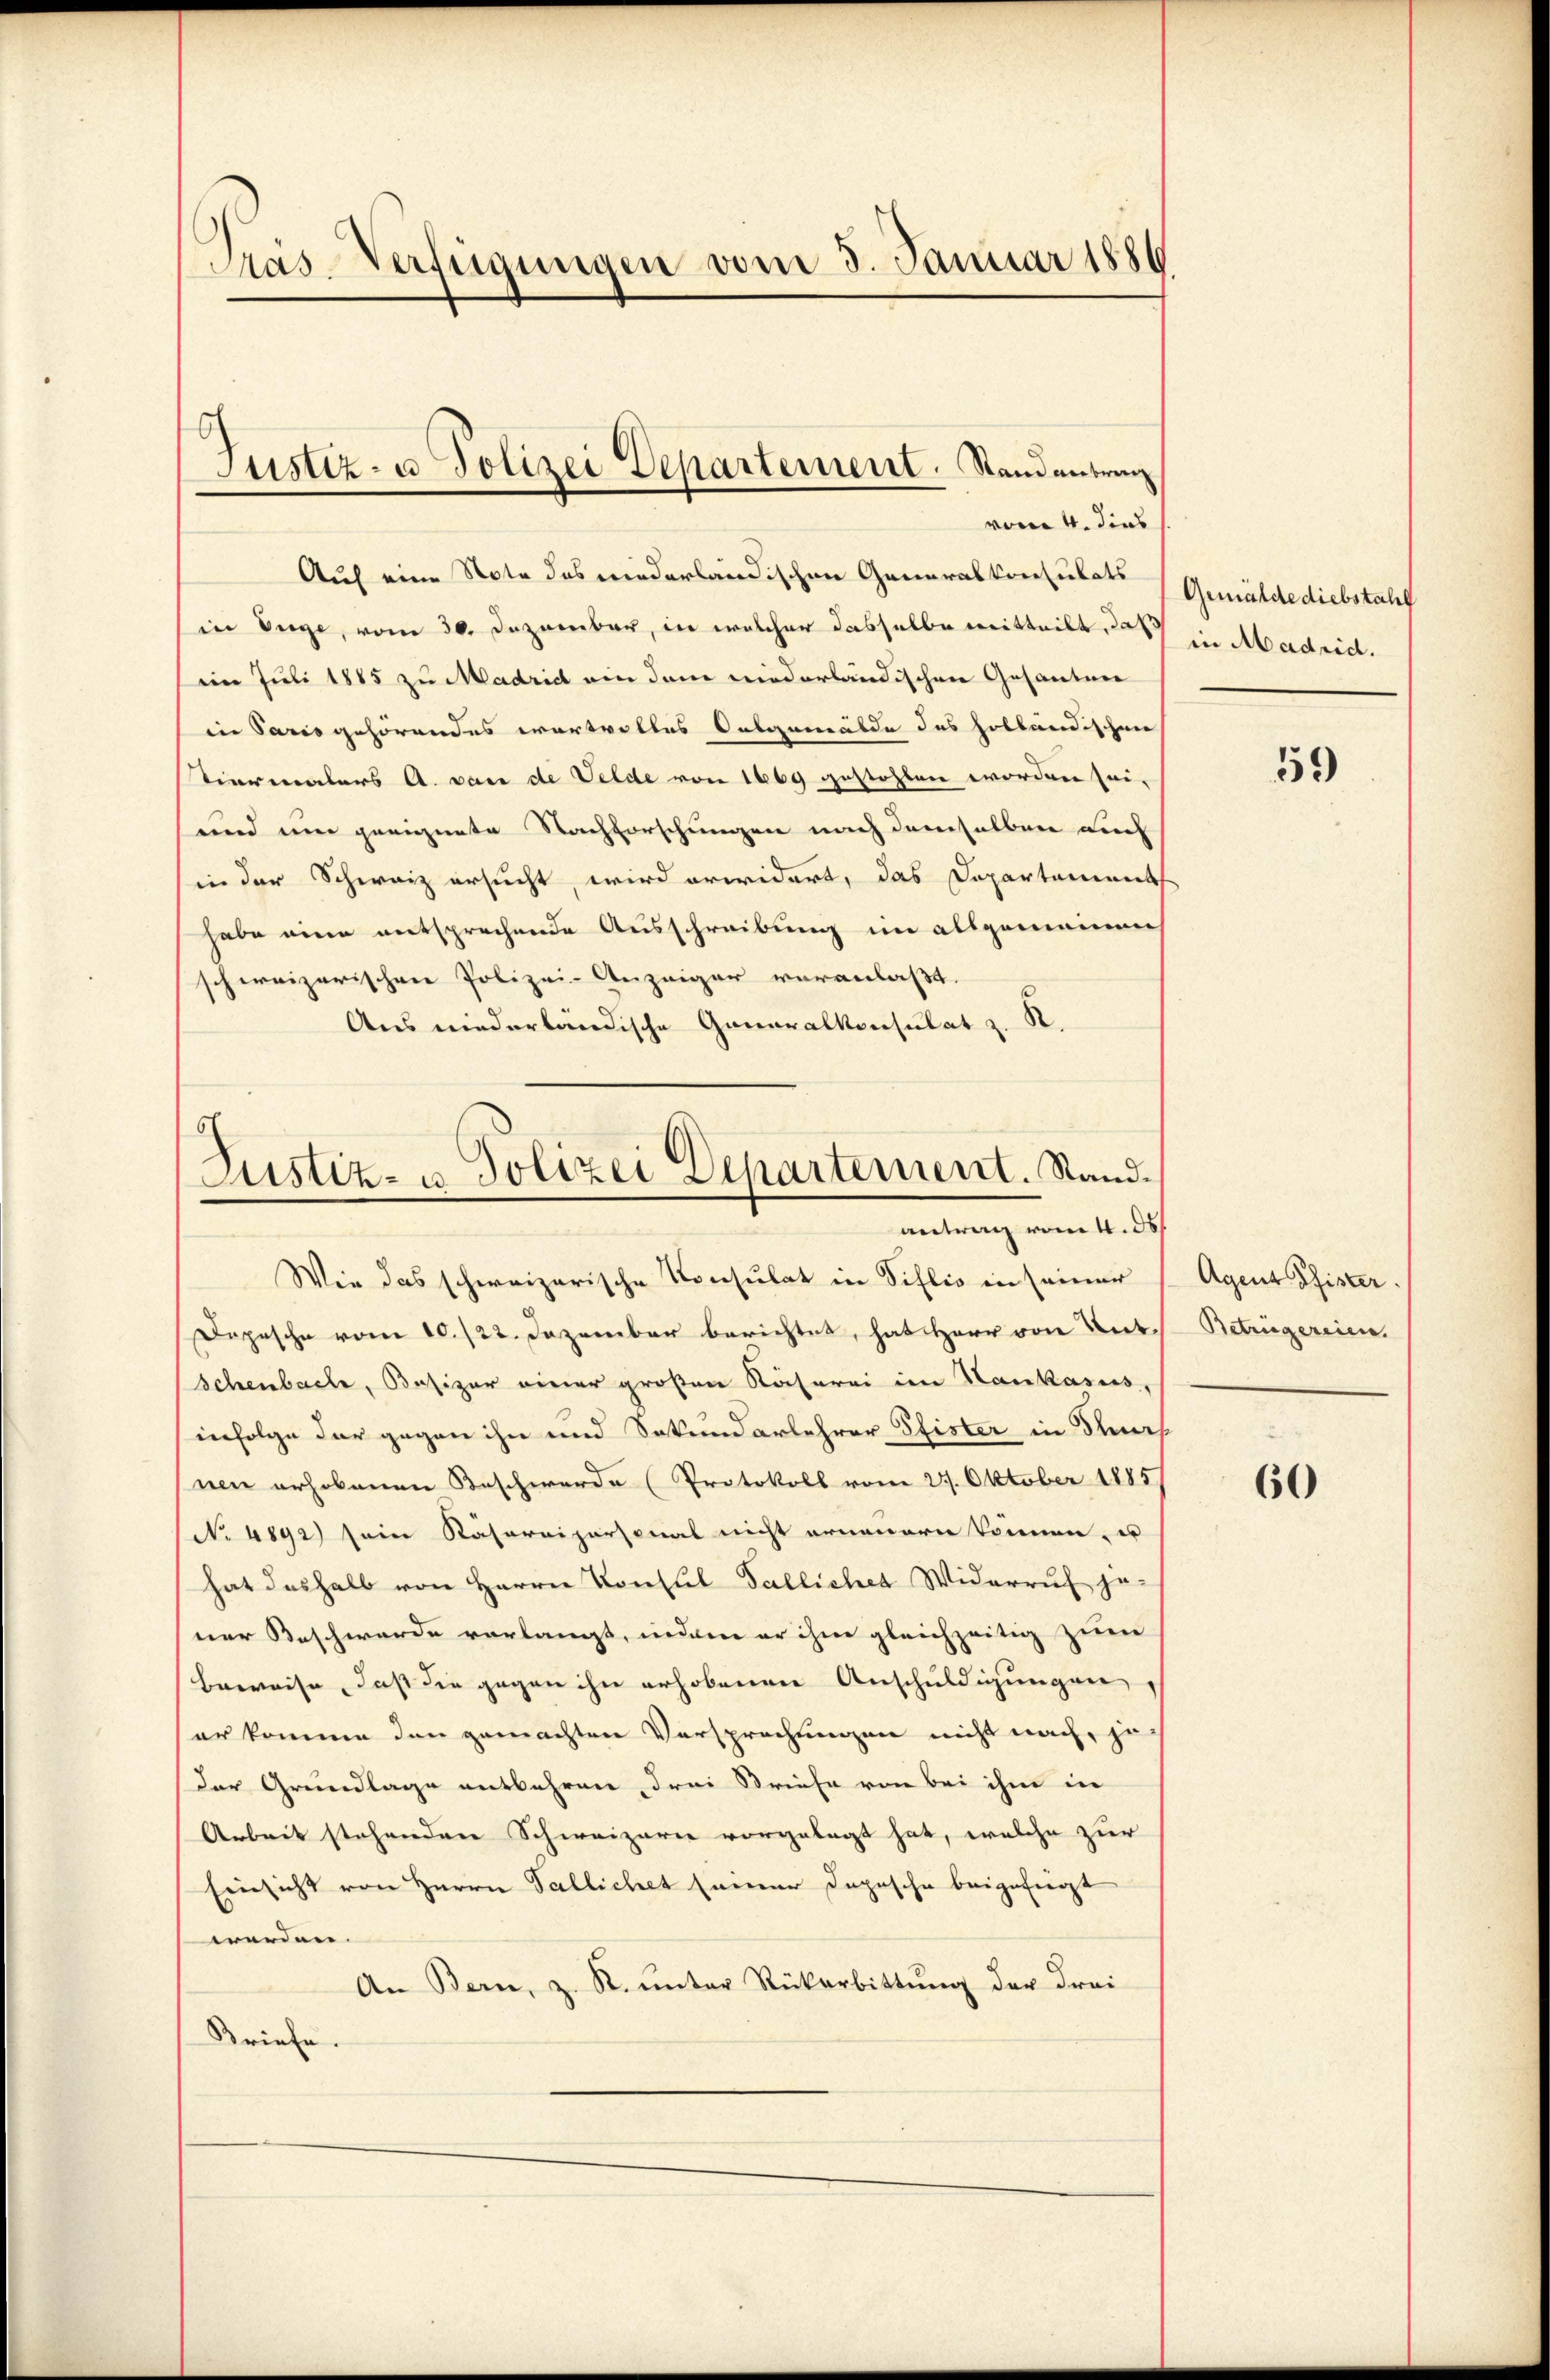
Präs-Verfügungen vom 3. Januar 188

Auf eine Note des niederländischen Generalkonsulats
in Enge, vom 30. Dezember, in welcher dasselbe mitteilt, daß
im Juli 1885 zu Madrid ein dem niederländischen Gesanten
in Paris gehörendes wertvolles Susgemälde des holländischen
Tierenalers A. von de Velde von 1669 gestohlen worden sei,
und um geeignete Nachforschungen nach demselben auch
in der Schweiz ersucht, wird erwidert, das Departement
habe eine entsprechende Ausschreibung im allgemeinen
schweizerischen Polizei- Anzeiger veranlaßt.
Aus niederländische Generalkonsulat z. R.
Wie das schweizerische Konsulat in Tillis in seiner
Depesche vom 10. 122. Dezember berichtet, hat Herr von Antschenbache, Besizer einer großen Käferei im Haukasus,
infolge der gegen ihn und Sekundarlehrer Pfister in Staat
nen erhobenen Beschwerde (Protokoll vom 27. Oktober 1885
(No 4892) sein Räsoreipersonal nicht erneuern können, u
hat deshalb von Herrn Konsul Falliches Widerruf je-
ner Beschwerde verlangt, indem er ihm gleichzeitig zum
Beweise, daß die gegen ihn erhobenen Anschuldigungen
er komme den gemachten Versprechungen nicht nach, je
der Grundlage entbehren drei Briefe von bei ihm in
Arbeit stehenden Schweizerie vorgelegt hat, welche zur
Einsicht von Herrn Pallichet seiner Dopische beigefügt
werden.
An Bern, z. R. ŭnter Rückerbittŭng der drei
Briefe

Justiz- u. Polizei Departement. Stand antrag
vom 4. dies

d
Justiz- u. Polizei Departement. Stand.
antrag vom 4. ds

Gemälde diebstahl
in Madrid.

59

Agent Pfister
Betrügereien.

60